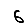
Digit: 6